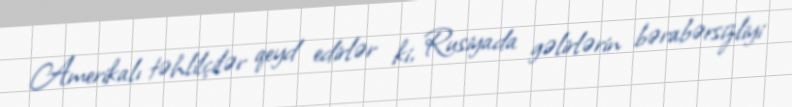
Amerikalı təhlilçilər qeyd edirlər ki, Rusiyada gəlirlərin bərabərsizliyi